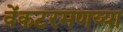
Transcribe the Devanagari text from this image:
वेंकटरमणय्या